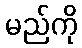
မည်ကို